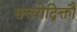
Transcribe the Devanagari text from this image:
सत्त्वोद्रिक्तौ